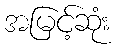
အမြင့်ဆုံး